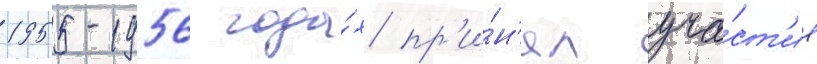
1955-1956 года́х пр'и́н'ял уча́ст'ие